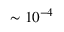
\sim 1 0 ^ { - 4 }